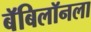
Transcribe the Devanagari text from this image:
बॅबिलॉनला